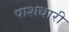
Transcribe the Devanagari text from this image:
पाशधारी